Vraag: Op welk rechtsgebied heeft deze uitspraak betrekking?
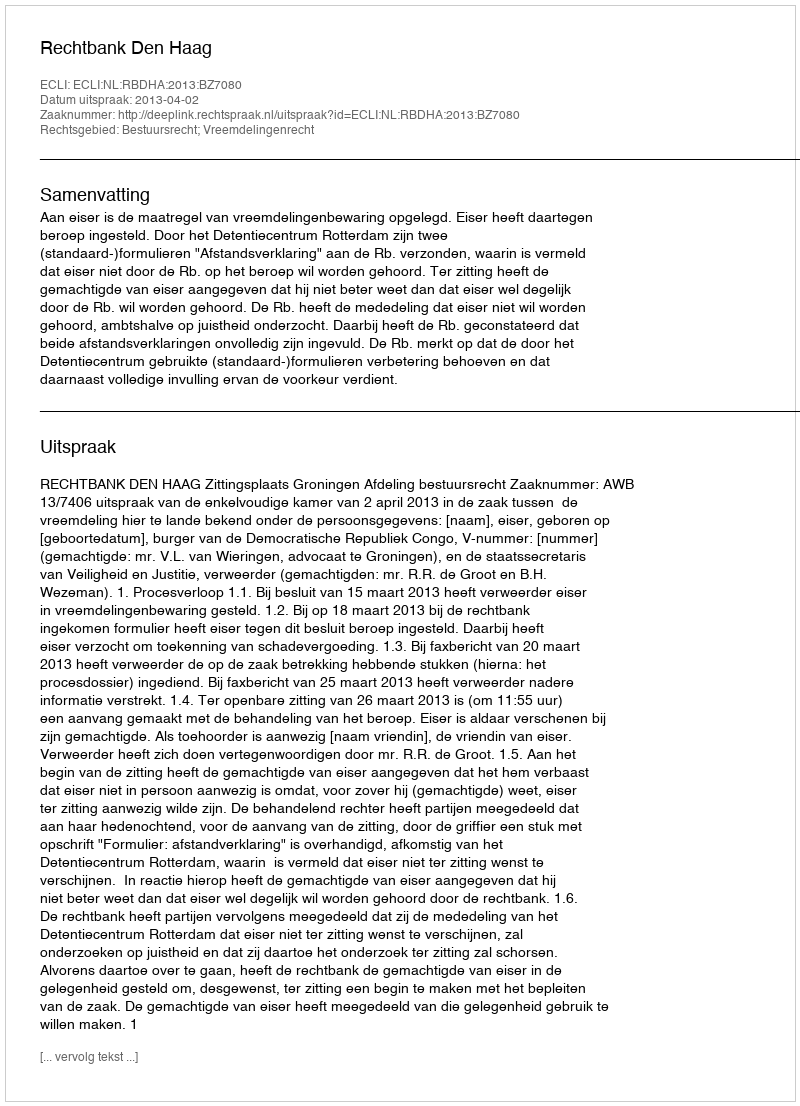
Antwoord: Bestuursrecht; Vreemdelingenrecht